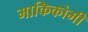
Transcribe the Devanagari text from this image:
माकिकोमी